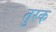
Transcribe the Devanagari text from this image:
तुरक